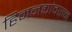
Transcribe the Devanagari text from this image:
हिमनद्यांवरुन